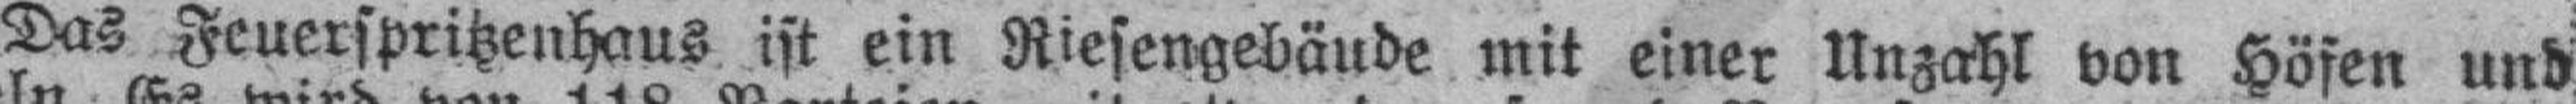
Das Feuerspritzenhaus ist ein Riesengebäude mit einer Unzahl von Höfen und